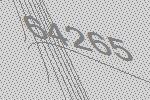
64265